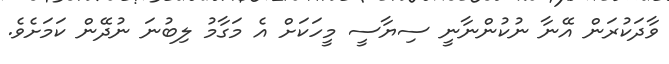
ވާދަކުރަން އޭނާ ނުކުންނާނީ ސިޔާސީ މީހަކަށް އެ މަގާމު ލިބުނަ ނުދޭން ކަމަށެވެ.